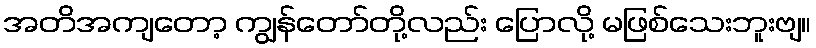
အတိအကျတော့ ကျွန်တော်တို့လည်း ပြောလို့ မဖြစ်သေးဘူးဗျ။